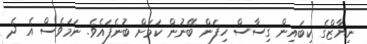
ނިޔާޒްގެ ކިބައިން ގިސާސް ހިފަން ބޭނުން ކަމަށް ބުނެފައެވެ. ނަމަވެސް އެ ދެ